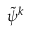
\tilde { \psi } ^ { k }